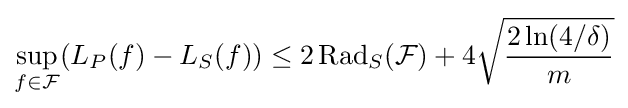
\sup _{f\in {\mathcal {F}}}(L_{P}(f)-L_{S}(f))\leq 2\operatorname {Rad} _{S}({\mathcal {F}})+4{\sqrt {2\ln(4/\delta ) \over m}}